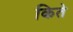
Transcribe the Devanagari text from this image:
किते